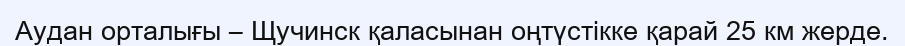
Аудан орталығы – Щучинск қаласынан оңтүстікке қарай 25 км жерде.